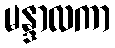
မန္ဒာလကာ